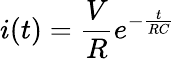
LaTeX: i(t)=\frac{V}{R}e^{-\frac{t}{RC}}